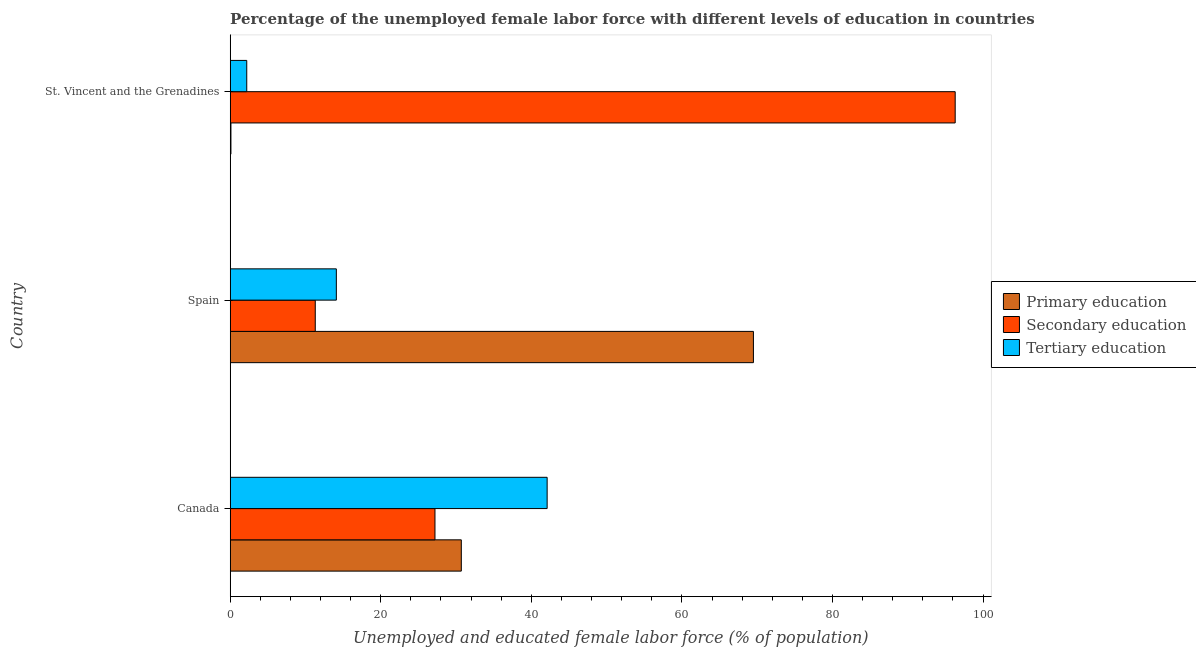
| Country | Primary education | Secondary education | Tertiary education |
 | --- | --- | --- | --- |
 | Canada | 30.7 | 27.2 | 42.1 |
 | Spain | 69.5 | 11.3 | 14.1 |
 | St. Vincent and the Grenadines | 0.1 | 96.3 | 2.2 |